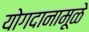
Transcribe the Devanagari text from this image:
योगदानामूळे